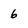
Character: 6